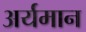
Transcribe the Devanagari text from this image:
अर्यमान